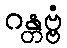
ဂန္တဗ္ဗံ